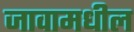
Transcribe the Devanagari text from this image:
जावामधील